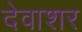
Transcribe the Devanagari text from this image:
देवाशर